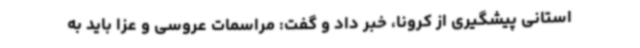
استانی پیشگیری از کرونا، خبر داد و گفت: مراسمات عروسی و عزا باید به